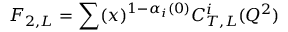
F _ { 2 , L } = \sum ( x ) ^ { 1 - \alpha _ { i } ( 0 ) } C _ { T , L } ^ { i } ( Q ^ { 2 } )